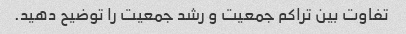
تفاوت بین تراکم جمعیت و رشد جمعیت را توضیح دهید.